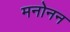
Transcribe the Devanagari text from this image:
मनोनन